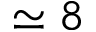
\simeq 8